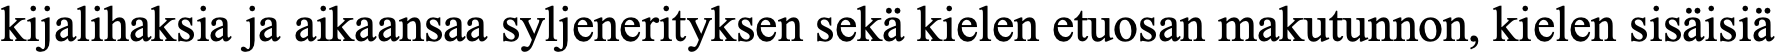
kijalihaksia ja aikaansaa syljenerityksen sekä kielen etuosan makutunnon, kielen sisäisiä